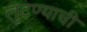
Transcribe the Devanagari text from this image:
लुटण्याची